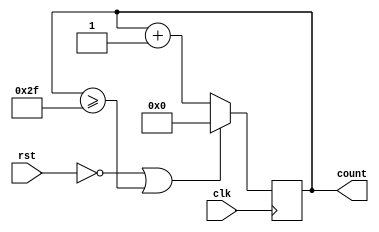
/**************************
    Mode 47 up counter
**************************/

module counter_mod47_up (count, clk, rst);
input clk, rst;
output [7:0]count;
reg [7:0]count_temp;

always @(posedge clk) begin
    if(!rst | count_temp>=8'd47) // self correcting
        count_temp <= 8'b0;
    else 
        count_temp <= count_temp + 1 ;
end

assign count = count_temp;

endmodule